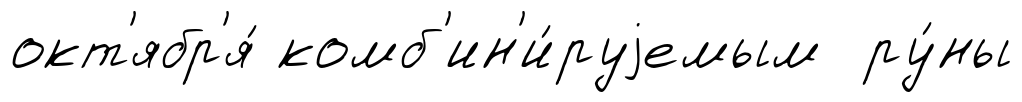
окт'ябр'я́ комб'ин'и́руjемым ру́ны